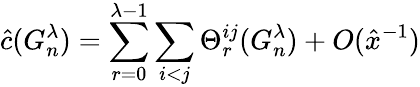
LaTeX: \hat{c}(G_{n}^{\lambda})=\sum_{r=0}^{\lambda-1}\sum_{i<j}\Theta_{r}^{ij}(G_{n}^{\lambda})+O(\hat{x}^{-1})